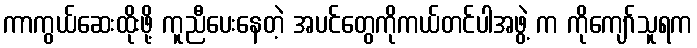
ကာကွယ်ဆေးထိုးဖို့ ကူညီပေးနေတဲ့ အပင်တွေကိုကယ်တင်ပါအဖွဲ့ က ကိုကျော်သူရက